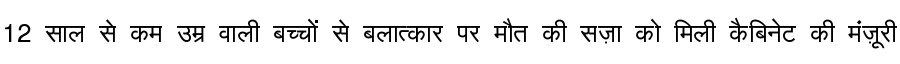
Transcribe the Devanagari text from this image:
12 साल से कम उम्र वाली बच्चों से बलात्कार पर मौत की सज़ा को मिली कैबिनेट की मंज़ूरी